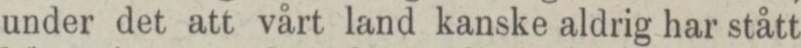
under det att vårt land kanske aldrig har stått